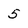
Character: 5